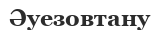
Әуезовтану